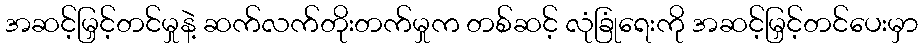
အဆင့်မြှင့်တင်မှုနဲ့ ဆက်လက်တိုးတက်မှုက တစ်ဆင့် လုံခြုံရေးကို အဆင့်မြှင့်တင်ပေးမှာ